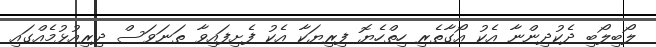
ލޯބިލޯބި ދެކުދިންނާ އެކު އޯގާތެރި ހިތްހެޔޮ ފިރިޔަކާ އެކު ފެށިފައިވާ ތަނަވަސް ދިރިއުޅުމެއްގައި